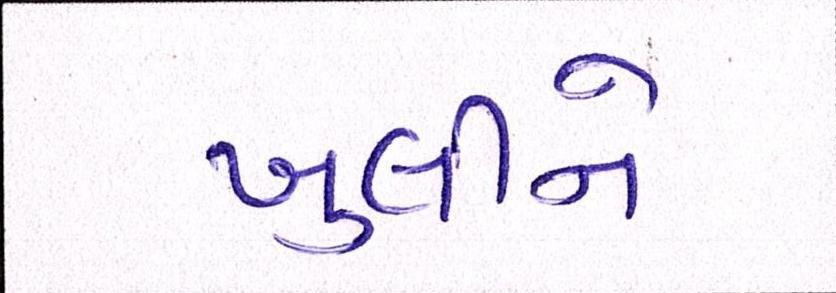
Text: ખુલીને